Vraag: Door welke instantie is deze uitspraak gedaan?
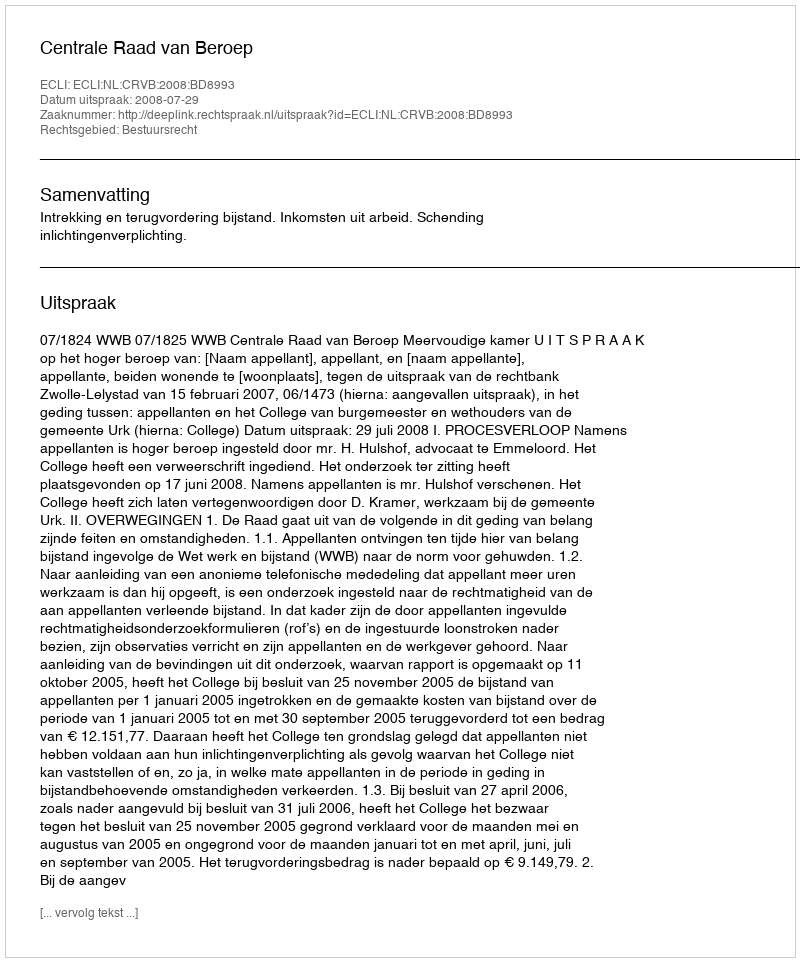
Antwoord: Centrale Raad van Beroep